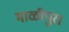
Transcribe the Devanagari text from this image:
माळीपुरा